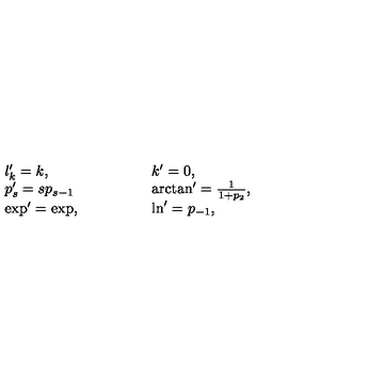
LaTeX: \begin{array} { l l } { l _ { k } ^ { \prime } = k , } & { \qquad \qquad k ^ { \prime } = 0 , } \\ { p _ { s } ^ { \prime } = s p _ { s - 1 } } & { \qquad \qquad \arctan ^ { \prime } = \frac { 1 } { 1 + p _ { 2 } } , } \\ { \exp ^ { \prime } = \exp , } & { \qquad \qquad \ln ^ { \prime } = p _ { - 1 } , } \\ \end{array}